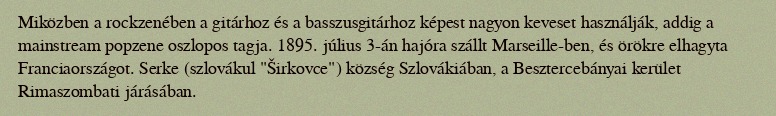
Miközben a rockzenében a gitárhoz és a basszusgitárhoz képest nagyon keveset használják, addig a mainstream popzene oszlopos tagja. 1895. július 3-án hajóra szállt Marseille-ben, és örökre elhagyta Franciaországot. Serke (szlovákul "Širkovce") község Szlovákiában, a Besztercebányai kerület Rimaszombati járásában.